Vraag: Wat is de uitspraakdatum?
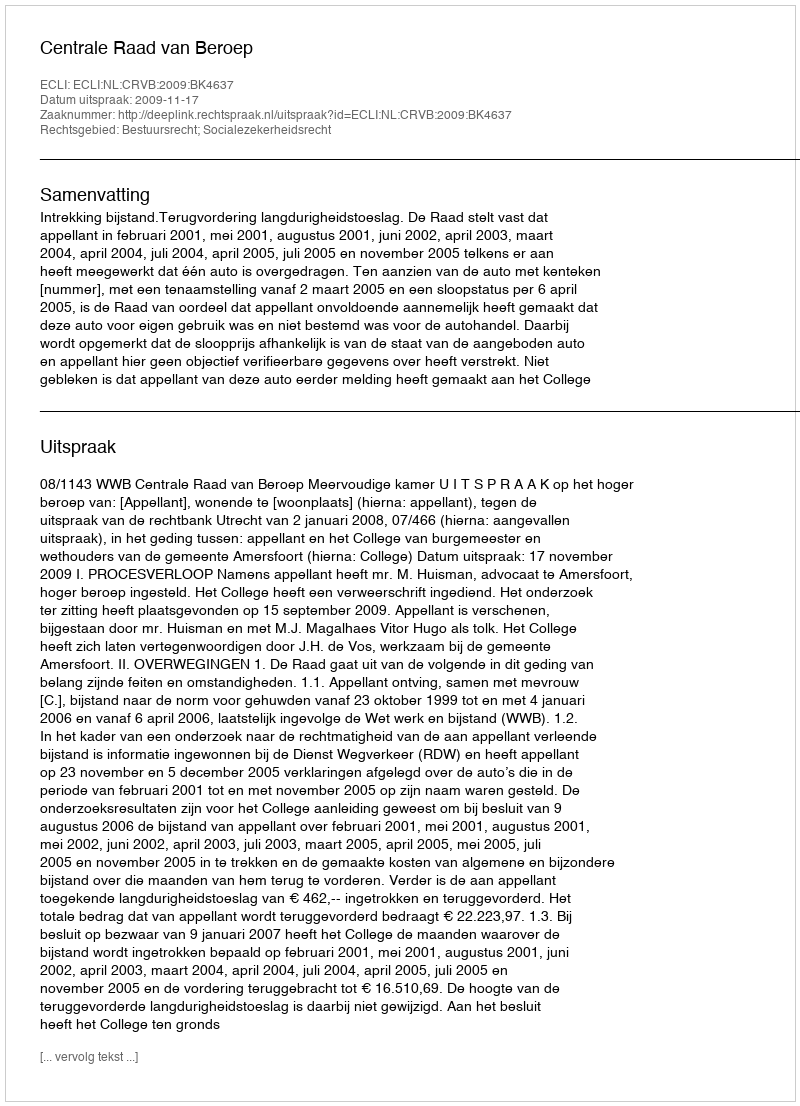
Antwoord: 2009-11-17